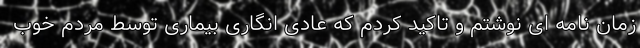
زمان نامه ای نوشتم و تاکید کردم که عادی انگاری بیماری توسط مردم خوب